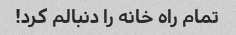
تمام راه خانه را دنبالم کرد!